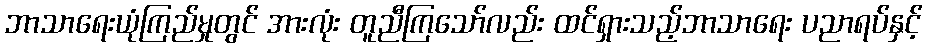
ဘာသာရေးယုံကြည်မှုတွင် အားလုံး တူညီကြသော်လည်း ထင်ရှားသည့်ဘာသာရေး ပညာရပ်နှင့်